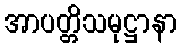
အာပတ္တိသမုဋ္ဌာနာ